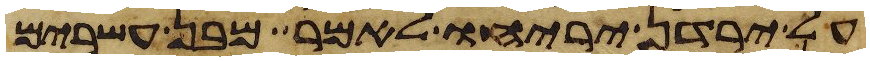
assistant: על ירדן יריחו לאמר מבן עשרים